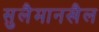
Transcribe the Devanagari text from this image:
सुलैमानखैल